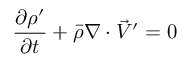
\frac { \partial \rho ^ { \prime } } { \partial t } + \bar { \rho } \nabla \cdot \vec { V } ^ { \prime } = 0